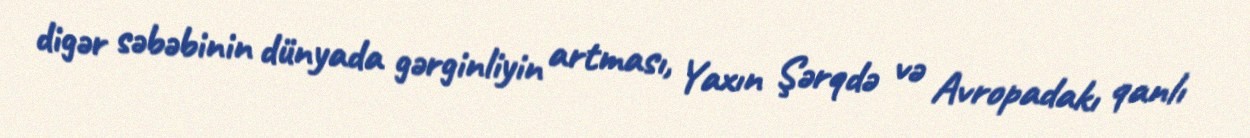
digər səbəbinin dünyada gərginliyin artması, Yaxın Şərqdə və Avropadakı qanlı